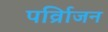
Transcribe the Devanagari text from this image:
पर्व्रािजन